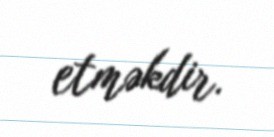
etməkdir.